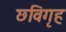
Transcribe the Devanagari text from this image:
छविगृह